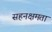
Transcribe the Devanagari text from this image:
सहनक्षमता